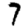
Digit: 7